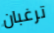
ترغبان